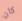
كان